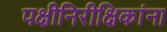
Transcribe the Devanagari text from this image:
पक्षीनिरीक्षिकांना